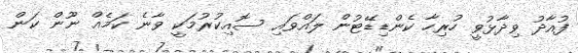
ފުއާދު ވިދާޅުވީ ހުރިހާ ކެންޑިޑޭޓުން ލައްވައި ސޮއިކުރުމަކީ ވާނެ ކަމެއް ނޫން ކަން